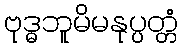
ဗုဒ္ဓဘူမိမနုပ္ပတ္တံ